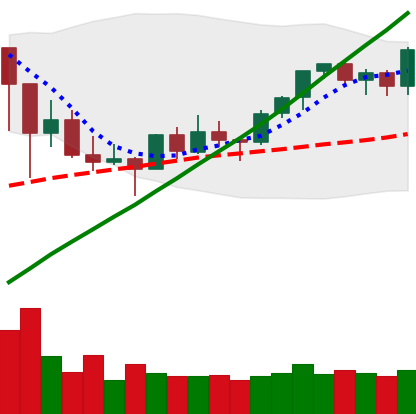
Ticker: ETH-USD
Chart end date: 2021-03-13
Forward return: -7.369%
Label: down_7plus